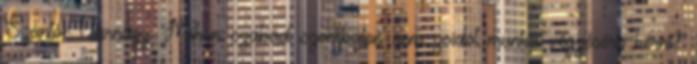
Szántó-Várnagy Mikor szabad szombaton nem zsidót munka végzésére kérni?